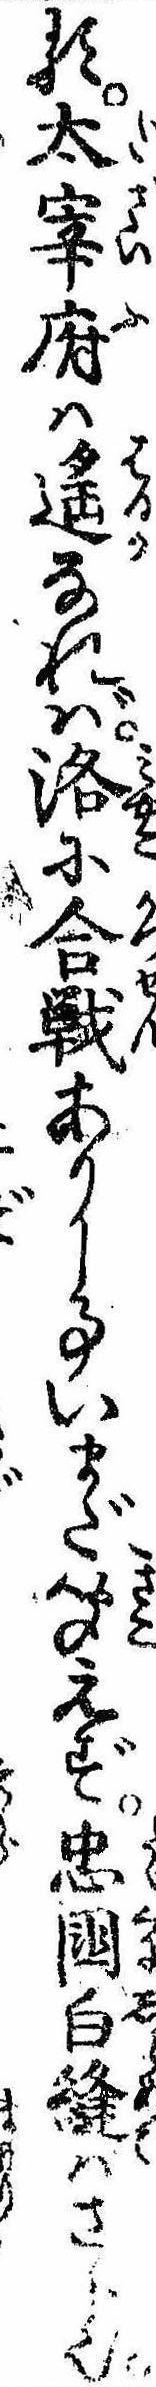
る太宰府は遥なれば洛に合戦ありし事いまだ聞えず忠国白縫はさら也